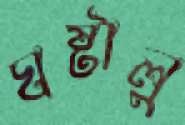
ঘষ্‌টালু